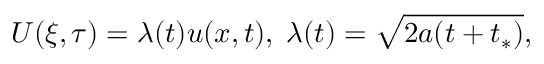
U ( \xi , \tau ) = \lambda ( t ) u ( x , t ) , \; \lambda ( t ) = \sqrt { 2 a ( t + t _ { * } ) } ,